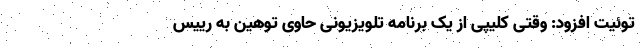
توئیت افزود: وقتی کلیپی از یک برنامه تلویزیونی حاوی توهین به رییس